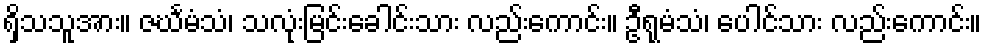
ရှိသသူအား။ ဇင်္ဃမံသံ၊ သလုံးမြင်းခေါင်းသား လည်းကောင်း။ ဦရုမံသံ၊ ပေါင်သား လည်းကောင်း။